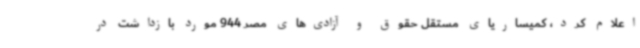
اعلام کرد، کمیساریای مستقل حقوق و آزادی‌های مصر 944 مورد بازداشت در